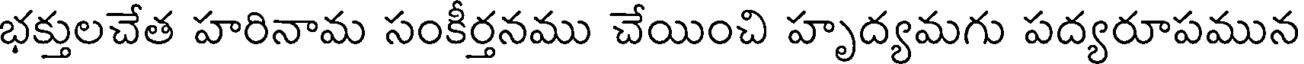
భక్తులచేత హరినామ సంకీర్తనము చేయించి హృద్యమగు పద్యరూపమున